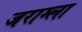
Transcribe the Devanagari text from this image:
जराम्ला